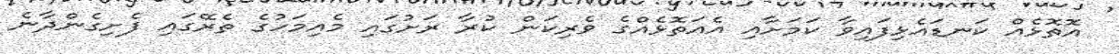
އޮތޮޅެއް ކަނޑައެޅިފައިވާ ކަމަށާއި އެއަތޮޅެއްގެ ވެރިކަން ކުރާ ރަށުގައި މެއިމަހުގެ ތެރޭގައި ފެށިގެންދާނެ